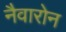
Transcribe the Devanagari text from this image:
नैवारोन